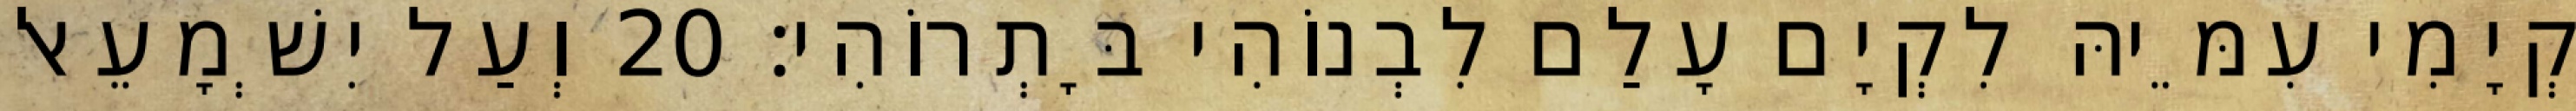
קְיָמִי עִמֵּיהּ לִקְיָם עָלַם לִבְנוֹהִי בָּתְרוֹהִי׃ 20 וְעַל יִשְׁמָעֵאל